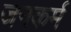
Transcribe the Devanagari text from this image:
जनकर्म